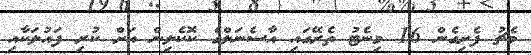
މެޗު ފެށިގެން 16 މިނެޓު ތެރޭގައި އާސެނަލްގެ ކޮކެލިން އަށް ކުރި ފައުލަކާއި